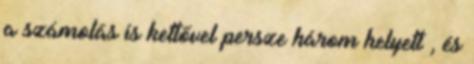
a számolás is kettővel persze három helyett , és